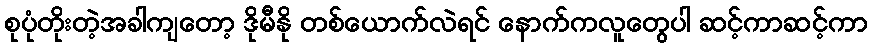
စုပုံတိုးတဲ့အခါကျတော့ ဒိုမီနို တစ်ယောက်လဲရင် နောက်ကလူတွေပါ ဆင့်ကာဆင့်ကာ